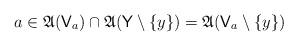
LaTeX: \begin{align*} a \in \mathfrak A(\mathsf V_a) \cap \mathfrak A(\mathsf Y\setminus \{ y\}) = \mathfrak A(\mathsf V_a \setminus \{y\})\end{align*}